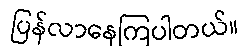
ပြန်လာနေကြပါတယ်။